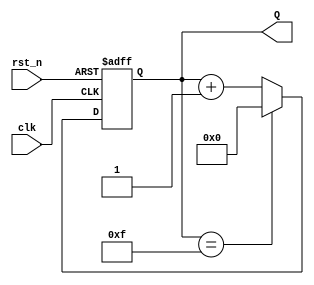
`timescale 1ns/1ns

module counter_16(
   input                clk   ,
   input                rst_n ,
 
   output   reg  [3:0]  Q      
);
always @(posedge clk or negedge rst_n)
begin
if(!rst_n)
Q<=0;
else if(Q==15)
Q<=0;
else
Q<=Q+1;
end
endmodule